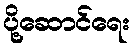
ပို့ဆောင်ရေး